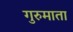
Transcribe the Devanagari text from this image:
गुरुमाता